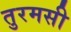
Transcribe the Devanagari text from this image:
तुरमसी